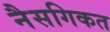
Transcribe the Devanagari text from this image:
नैसगिकत